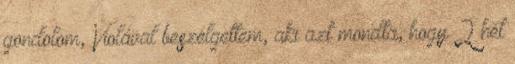
gondolom, Violával beszélgettem, aki azt mondta, hogy 2 hét